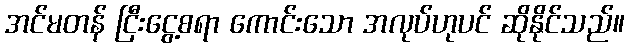
အင်မတန် ငြီးငွေ့စရာ ကောင်းသော အလုပ်ဟုပင် ဆိုနိုင်သည်။